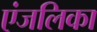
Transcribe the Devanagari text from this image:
एंजलिका